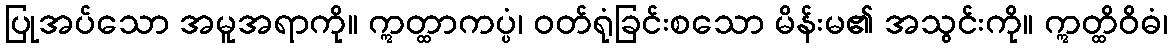
ပြုအပ်သော အမူအရာကို။ ဣတ္ထာကပ္ပံ၊ ဝတ်ရုံခြင်းစသော မိန်းမ၏ အသွင်းကို။ ဣတ္ထိဝိဓံ၊